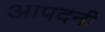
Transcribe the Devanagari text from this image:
आपदनी